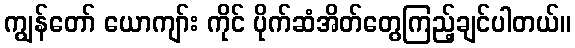
ကျွန်တော် ယောကျာ်း ကိုင် ပိုက်ဆံအိတ်တွေကြည့်ချင်ပါတယ်။